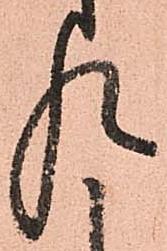
れ